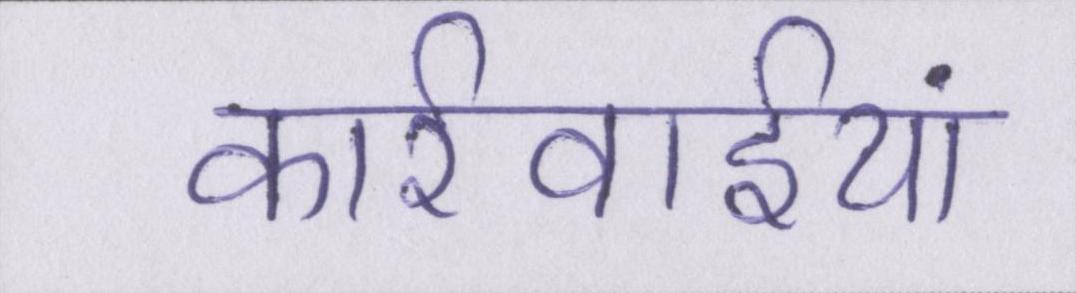
कार्रवाईयां